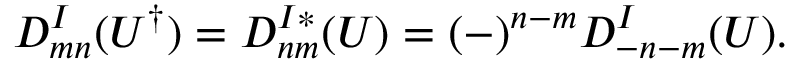
D _ { m n } ^ { I } ( U ^ { \dagger } ) = D _ { n m } ^ { I * } ( U ) = ( - ) ^ { n - m } D _ { - n - m } ^ { I } ( U ) .